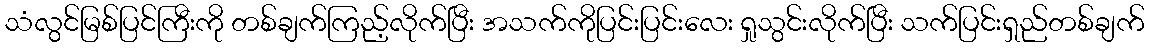
သံလွင်မြစ်ပြင်ကြီးကို တစ်ချက်ကြည့်လိုက်ပြီး အသက်ကိုပြင်းပြင်းလေး ရှုသွင်းလိုက်ပြီး သက်ပြင်းရှည်တစ်ချက်